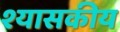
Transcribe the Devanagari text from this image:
श्यासकीय